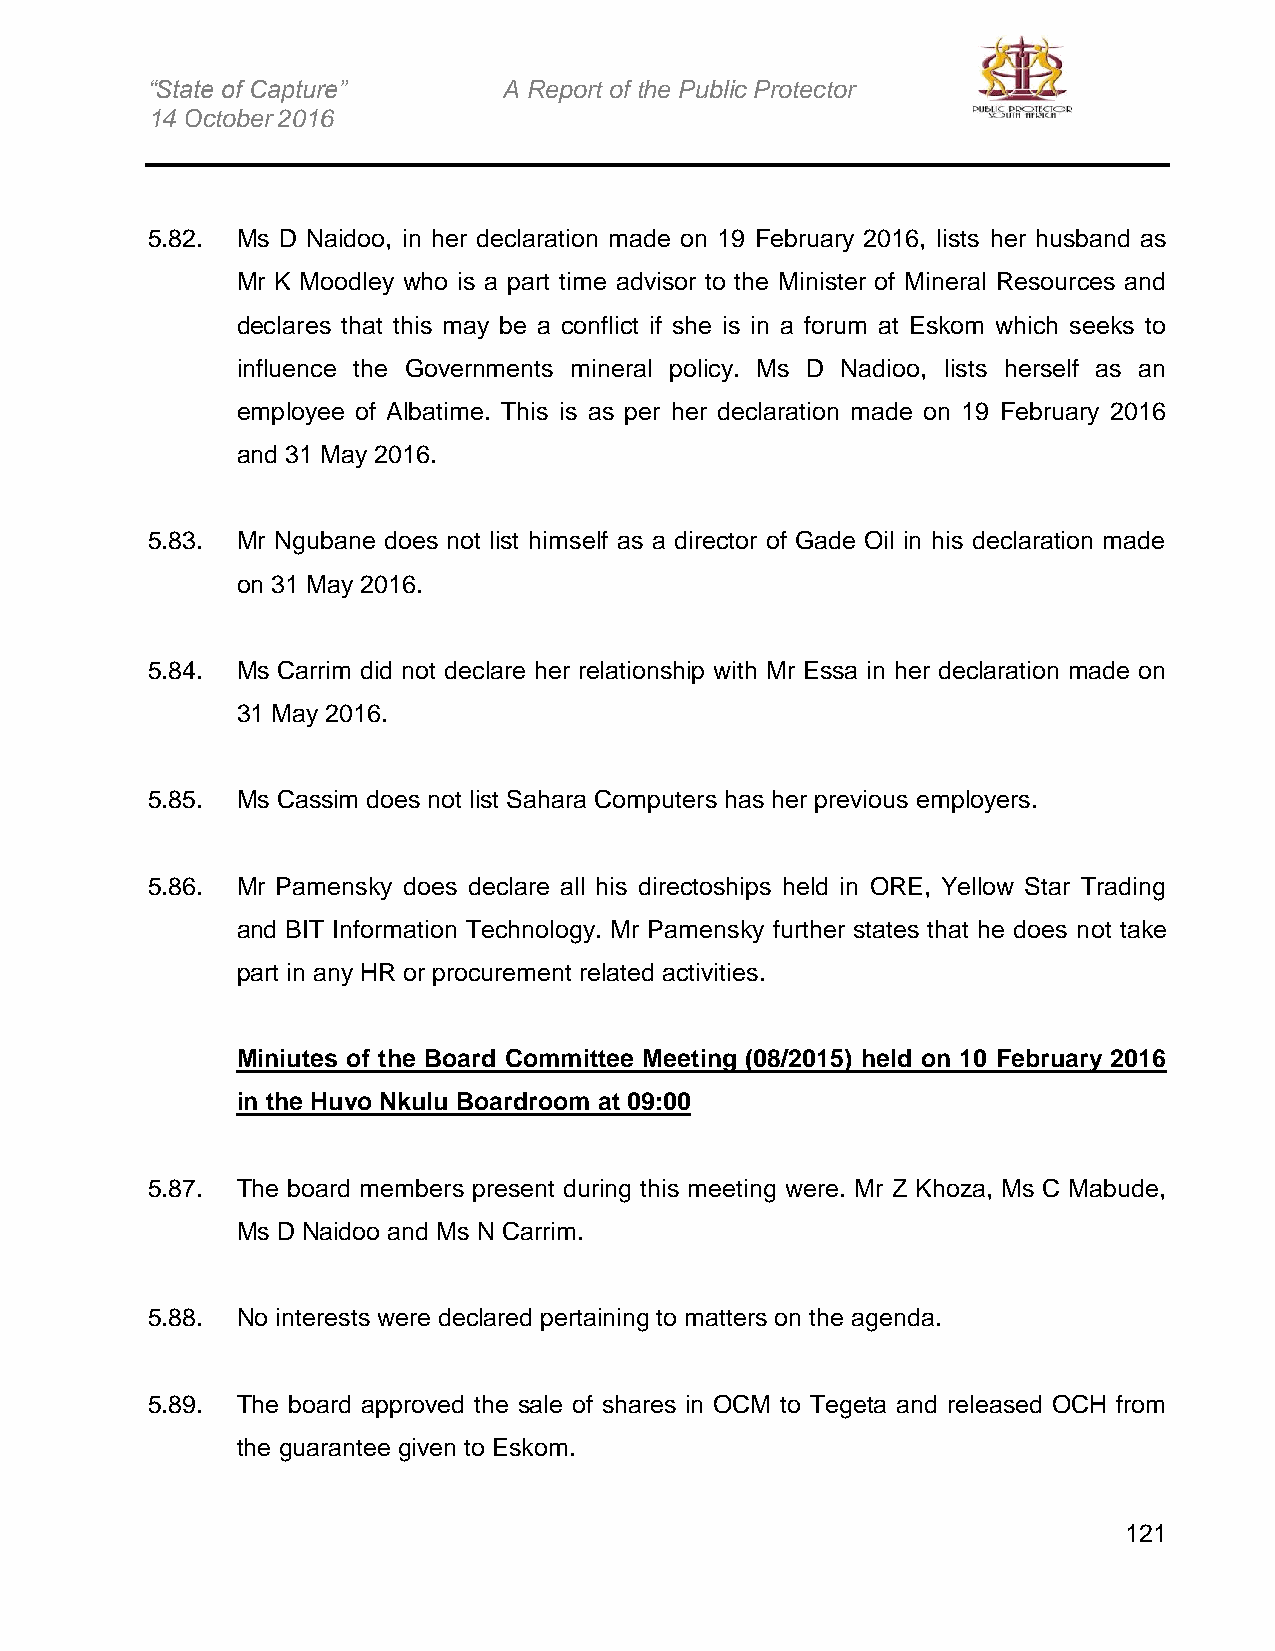
“State of Capture”     A Report of the Public Protector
 14 October 2016
 5.82. Ms D Naidoo, in her declaration made on 19 February 2016, lists her husband as
 Mr K Moodley who is a part time advisor to the Minister of Mineral Resources and
 declares that this may be a conflict if she is in a forum at Eskom which seeks to
 influence the Governments mineral policy. Ms D Nadioo, lists herself as an
 employee of Albatime. This is as per her declaration made on 19 February 2016
 and 31 May 2016.
 5.83. Mr Ngubane does not list himself as a director of Gade Oil in his declaration made
 on 31 May 2016.
 5.84. Ms Carrim did not declare her relationship with Mr Essa in her declaration made on
 31 May 2016.
 5.85. Ms Cassim does not list Sahara Computers has her previous employers.
 5.86. Mr Pamensky does declare all his directoships held in ORE, Yellow Star Trading
 and BIT Information Technology. Mr Pamensky further states that he does not take
 part in any HR or procurement related activities.
 Miniutes of the Board Committee Meeting (08/2015) held on 10 February 2016
 in the Huvo Nkulu Boardroom at 09:00
 5.87. The board members present during this meeting were. Mr Z Khoza, Ms C Mabude,
 Ms D Naidoo and Ms N Carrim.
 5.88. No interests were declared pertaining to matters on the agenda.
 5.89. The board approved the sale of shares in OCM to Tegeta and released OCH from
 the guarantee given to Eskom.
 121